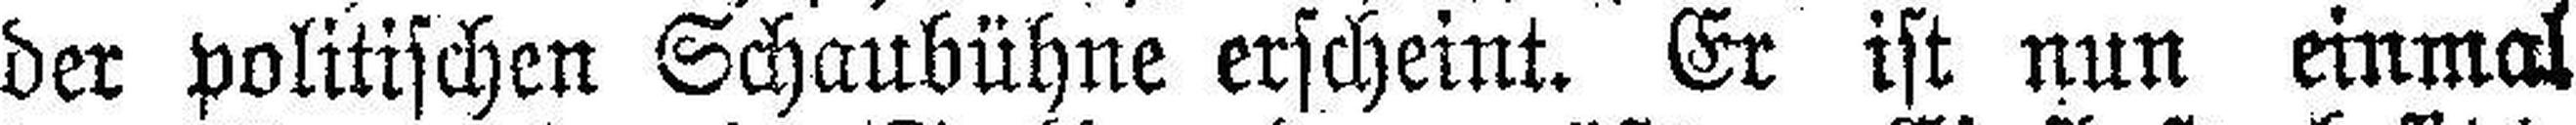
der politischen Schaubühne erscheint. Er ist nun einmal